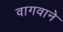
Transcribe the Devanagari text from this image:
वागवाने